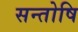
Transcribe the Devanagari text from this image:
सन्तोषि